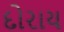
દોરાય